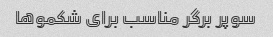
سوپر برگر مناسب برای شکمو‌ها